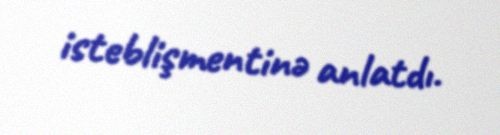
isteblişmentinə anlatdı.